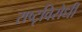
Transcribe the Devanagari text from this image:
राष्टृविरोधी